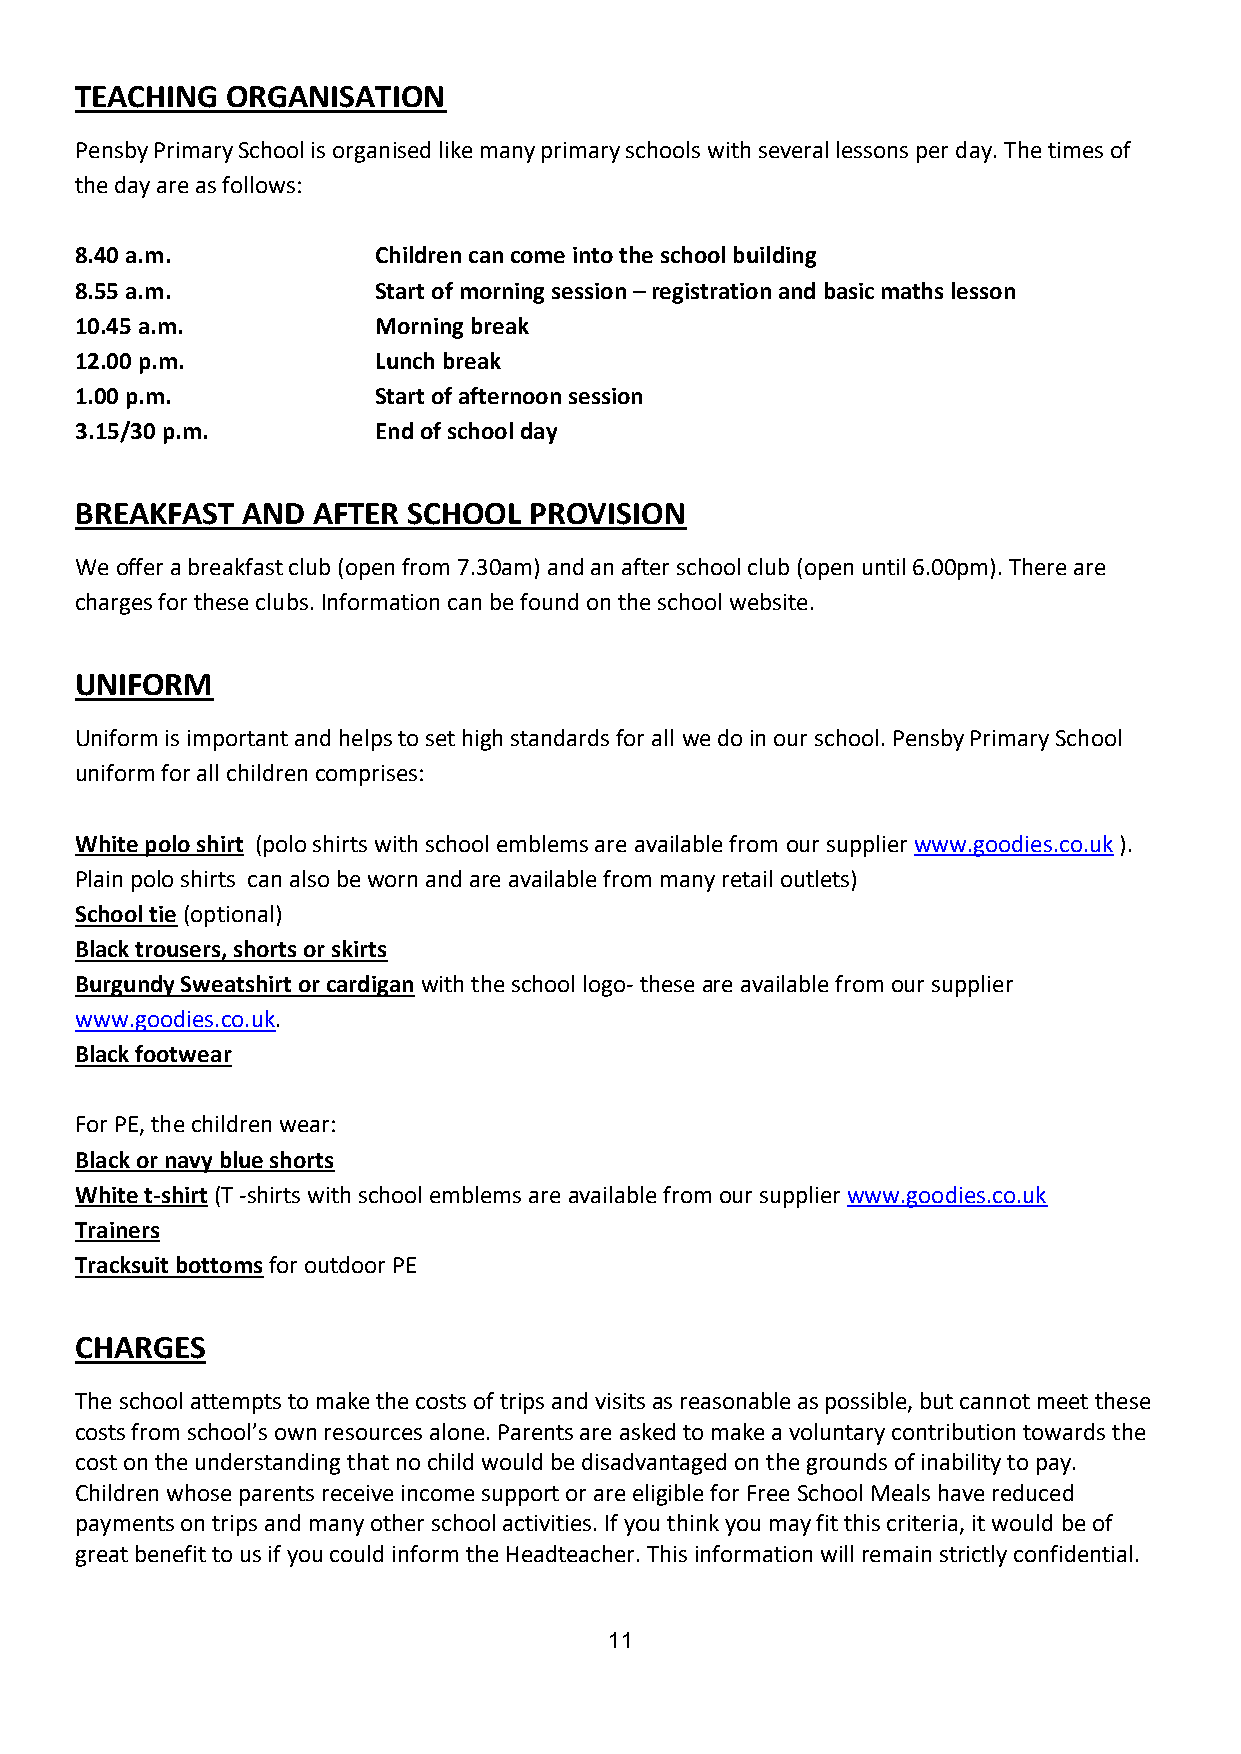
TEACHING  ORGANISATION
 Pensby Primary School is organised like many primary schools with several lessons per day. The times of
 the day are as follows:
 8.40 a.m.           Children can come into the school building
 8.55 a.m.           Start of morning session – registration and basic maths lesson
 10.45 a.m.          Morning break
 12.00 p.m.          Lunch break
 1.00 p.m.           Start of afternoon session
 3.15/30 p.m.        End of school day
 BREAKFAST  AND  AFTER SCHOOL  PROVISION
 We offer a breakfast club (open from 7.30am) and an after school club (open until 6.00pm). There are
 charges for these clubs. Information can be found on the school website.
 UNIFORM
 Uniform is important and helps to set high standards for all we do in our school. Pensby Primary School
 uniform for all children comprises:
 White polo shirt (polo shirts with school emblems are available from our supplier www.goodies.co.uk ).
 Plain polo shirts can also be worn and are available from many retail outlets)
 School tie (optional)
 Black trousers, shorts or skirts
 Burgundy Sweatshirt or cardigan with the school logo- these are available from our supplier
 www.goodies.co.uk.
 Black footwear
 For PE, the children wear:
 Black or navy blue shorts
 White t-shirt (T -shirts with school emblems are available from our supplier www.goodies.co.uk
 Trainers
 Tracksuit bottoms for outdoor PE
 CHARGES
 The school attempts to make the costs of trips and visits as reasonable as possible, but cannot meet these
 costs from school’s own resources alone. Parents are asked to make a voluntary contribution towards the
 cost on the understanding that no child would be disadvantaged on the grounds of inability to pay.
 Children whose parents receive income support or are eligible for Free School Meals have reduced
 payments on trips and many other school activities. If you think you may fit this criteria, it would be of
 great benefit to us if you could inform the Headteacher. This information will remain strictly confidential.
 11